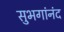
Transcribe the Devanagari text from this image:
सुभगांनंद